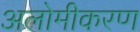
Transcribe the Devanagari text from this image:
अलोमीकरण